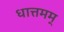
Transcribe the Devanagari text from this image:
धात्तमम्‌